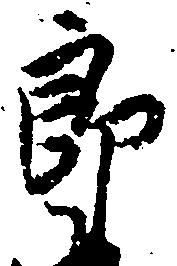
郎